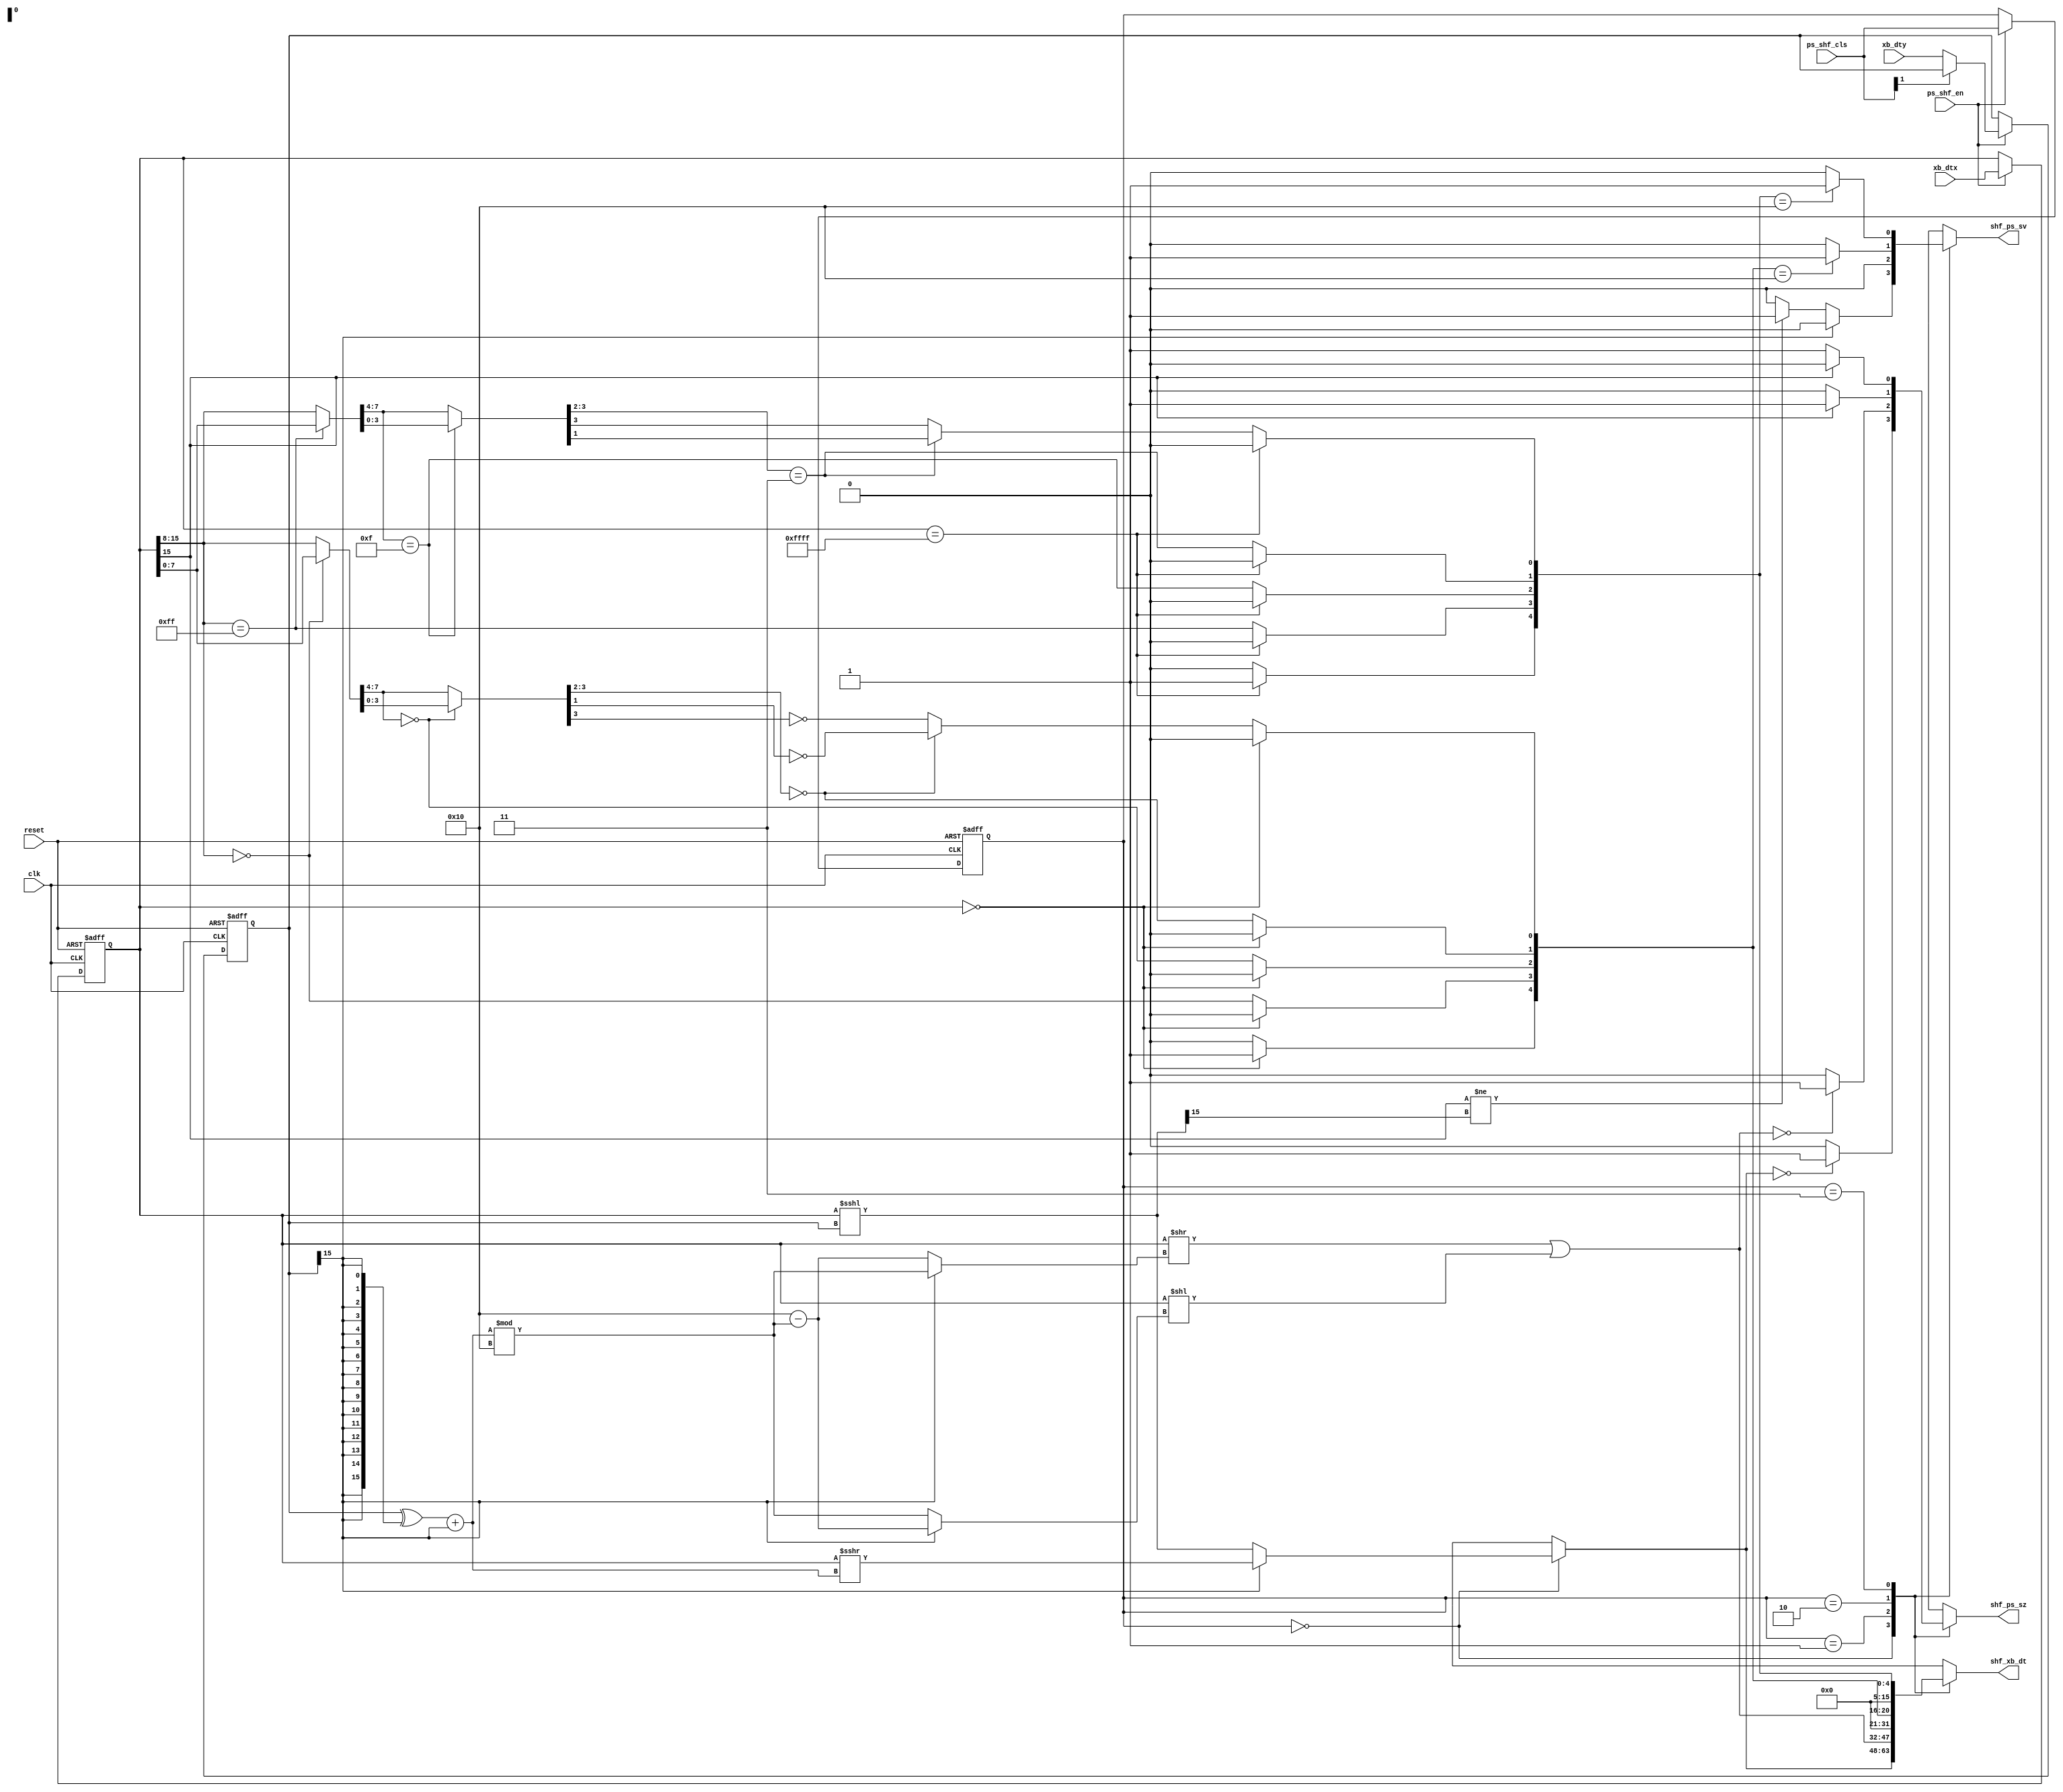


module shifter #(parameter DATASIZE = 16)(clk, reset, ps_shf_en, ps_shf_cls, xb_dtx, xb_dty, shf_xb_dt, shf_ps_sv, shf_ps_sz);



input wire reset, clk;
input wire ps_shf_en;
input wire [1:0]ps_shf_cls;
input wire [DATASIZE-1:0]xb_dtx;
input wire [DATASIZE-1:0]xb_dty;
output reg [DATASIZE-1:0]shf_xb_dt;
output reg shf_ps_sv, shf_ps_sz;

reg [DATASIZE-1:0]ip1, ip2; 
reg [1:0]shf_cls;
reg shf_en;

wire [DATASIZE-1:0]ip2_2c;
wire [DATASIZE-1:0]rot;
wire [DATASIZE-1:0]rot_inv;
assign ip2_2c = (ip2^{DATASIZE{ip2[DATASIZE-1]}})+ip2[DATASIZE-1];
assign rot = ip2_2c%16'd16;
assign rot_inv = 16'd16-rot;

reg [7:0]zval8, oval8;
reg [4:0]zval4, oval4;
reg [4:0]leftz, lefto;

reg [DATASIZE-1:0]rot1, rot2;

always@*
begin
	
	case(shf_cls)
		2'b00:	begin
			
			if(ip2[DATASIZE-1])				//Rn = ip2_2c Rx BY Ry	//negative ry will right shift; positive Ry will left shift.
			begin
				shf_xb_dt=$signed(ip1)>>>ip2_2c;
				shf_ps_sv=1'b0;	//overflow flag
			end
			else	
			begin		
				shf_xb_dt=ip1<<<ip2;
				
			//overflow flag
			if(ip1[DATASIZE-1]!=shf_xb_dt[DATASIZE-1])
				shf_ps_sv=1'b1;
			else 
				shf_ps_sv=1'b0;

			end

			//zero flag					
			if(shf_xb_dt==16'h0000)
				shf_ps_sz=1'b1;
			else 
				shf_ps_sz=1'b0;

			
				
			end
		2'b01:	begin

			if(ip2[DATASIZE-1])			//Rn = ROT Rx BY Ry	//negative ry will rotate right; positive Ry will rotate left.
			begin
				rot1=rot;
				rot2=rot_inv;
			end
			else
			begin
				rot1=rot_inv;
				rot2=rot;
			end

			shf_xb_dt = (ip1>>rot1) | (ip1<<rot2);

			
			//zero flag
			if(shf_xb_dt==16'h0000)
				shf_ps_sz=1'b1;
			else 
				shf_ps_sz=1'b0;
					
			//overflow flag
			shf_ps_sv=1'b0;

			end	
			
	2'b10:	begin
				if(ip1 == 16'h0000) 	leftz=5'b10000;		//for all-zero value
				else
				begin
					leftz[4]=1'b0;
					leftz[3] = (ip1[15:8] == 8'h00);	
					zval8      = (leftz[3] ? ip1[7:0] : ip1[15:8]);
					leftz[2] = (zval8[7:4] == 4'h0);
					zval4      = (leftz[2] ? zval8[3:0] : zval8[7:4]);
					leftz[1] = (zval4[3:2] ==2'b00);
					leftz[0] = leftz[1] ? ~zval4[1] : ~zval4[3];
				end
				
				shf_xb_dt=leftz;	

				//zero flag
				if(ip1[DATASIZE-1])
					shf_ps_sz=1'b1;
				else 
					shf_ps_sz=1'b0;
				
				//overflow flag
				if(shf_xb_dt==16'h0010)
					shf_ps_sv=1'b1;
				else 
					shf_ps_sv=1'b0;
			
		end

	2'b11:	begin
				if(ip1 == 16'hffff) 	lefto=5'b10000;		//for all-one value
				else
				begin
					lefto[4]=1'b0;
					lefto[3] = (ip1[15:8] == 8'hff);
					oval8    = (lefto[3] ? ip1[7:0] : ip1[15:8]);
					lefto[2] = (oval8[7:4] == 4'hf);
					oval4   = (lefto[2] ? oval8[3:0] : oval8[7:4]);
					lefto[1] = (oval4[3:2] == 2'b11);
					lefto[0] = lefto[1] ? oval4[1] : oval4[3];
				end
				
				shf_xb_dt=lefto;

				//zero flag
				if(!ip1[DATASIZE-1])
					shf_ps_sz=1'b1;
				else 
					shf_ps_sz=1'b0;
					
				//overflow flag
				if(shf_xb_dt==16'h0010)
					shf_ps_sv=1'b1;
				else 
					shf_ps_sv=1'b0;
				
		end
	endcase
	
end

always@(posedge clk or negedge reset)
begin
	if(~reset)
	begin
		shf_en<=1'b0;
		shf_cls<=2'b0;
		ip1<=16'h1;
		ip2<=16'h1;
	end
	else
	begin
		shf_en<=ps_shf_en;

		if(ps_shf_en) 
		begin
			shf_cls<=ps_shf_cls;
			
			ip1<=xb_dtx;
			if(!ps_shf_cls[1])	ip2<=xb_dty;
		end
	end
end

endmodule


/*
module test_shifter#(parameter DATASIZE = 16)();


reg reset, clk, ps_shf_en;
reg [1:0]ps_shf_cls;
reg [DATASIZE-1:0]xb_dtx, xb_dty;
wire[DATASIZE-1:0]shf_xb_dt;
wire shf_ps_sv, shf_ps_sz;


shifter shf_obj(clk, reset, ps_shf_en, ps_shf_cls, xb_dtx, xb_dty, shf_xb_dt, shf_ps_sv, shf_ps_sz);


initial
begin
	clk=1;
	forever
	begin
		#5 clk=~clk;
	end
end

initial
begin
	reset=0;
	#2 reset = 1;

end
initial
begin
	ps_shf_en=0;
	#11 ps_shf_en=1;
	#40 ps_shf_en=0;
	end

initial
begin
	#11 ps_shf_cls=2'b00;
	#10 ps_shf_cls=2'b01;
	#10 ps_shf_cls=2'b10;
	#10 ps_shf_cls=2'b11;
	#10 ps_shf_cls=2'b00;
	#10 ps_shf_cls=2'b01;

end

initial
begin
	#11 xb_dtx=16'hf000;
	#10 xb_dtx=16'hc000;
	#10 xb_dtx=16'h0000;
	#10 xb_dtx=16'hffa0;
	#10 xb_dtx=16'ha690;
	#10 xb_dtx=16'h8888;

end

initial
begin
	#11 xb_dty=16'hfffc;
	#10 xb_dty=16'h0002;
	#10 xb_dty=16'h00ab;
	#10 xb_dty=16'h0034;
	#10 xb_dty=16'h0006;
	#10 xb_dty=16'hfffe;

end

endmodule
*/